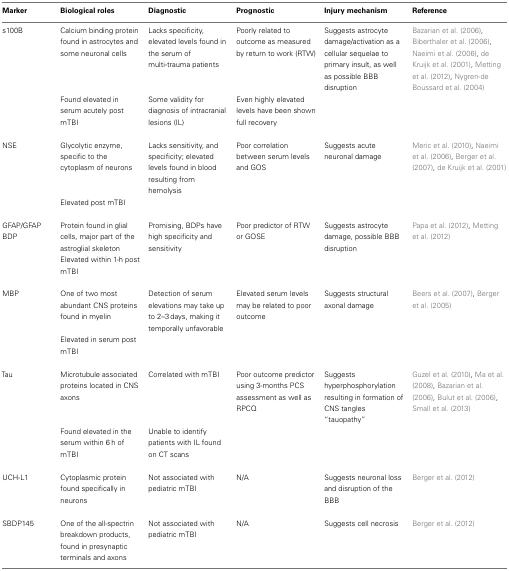
<table><thead><tr><td><b>Marker</b></td><td><b>Biological roles</b></td><td><b>Diagnostic</b></td><td><b>Prognostic</b></td><td><b>Injury mechanism</b></td><td><b>Reference</b></td></tr></thead><tbody><tr><td>s100B</td><td>Calcium binding protein found in astrocytes and some neuronal cells</td><td>Lacks specificity, elevated levels found in the serum of multi-trauma patients</td><td>Poorly related to outcome as measured by return to work (RTW)</td><td>Suggests astrocyte damage/activation as a cellular sequelae to primary insult, as well as possible BBB disruption</td><td>Bazarian et al. (2006), Biberthaler et al. (2006), Naeimi et al. (2006), de Kruijk et al. (2001), Metting et al. (2012), Nygren-de Boussard et al. (2004)</td></tr><tr><td></td><td>Found elevated in serum acutely post mTBI</td><td>Some validity for diagnosis of intracranial lesions (IL)</td><td>Even highly elevated levels have been shown full recovery</td><td></td></tr><tr><td>NSE</td><td>Glycolytic enzyme, specific to the cytoplasm of neurons</td><td>Lacks sensitivity, and specificity; elevated levels found in blood resulting from hemolysis</td><td>Poor correlation between serum levels and GOS</td><td>Suggests acute neuronal damage</td><td>Meric et al. (2010), Naeimi et al. (2006), Berger et al. (2007), de Kruijk et al. (2001)</td></tr><tr><td></td><td>Elevated post mTBI</td><td></td></tr><tr><td>GFAP/GFAP BDP</td><td>Protein found in glial cells, major part of the astroglial skeleton</td><td>Promising, BDPs have high specificity and sensitivity</td><td>Poor predictor of RTW or GOSE</td><td>Suggests astrocyte damage, possible BBB disruption</td><td>Papa et al. (2012), Metting et al. (2012)</td></tr><tr><td></td><td>Elevated within 1-h post mTBI</td><td></td></tr><tr><td>MBP</td><td>One of two most abundant CNS proteins found in myelin</td><td>Detection of serum elevations may take up to 2–3 days, making it temporally unfavorable</td><td>Elevated serum levels may be related to poor outcome</td><td>Suggests structural axonal damage</td><td>Beers et al. (2007), Berger et al. (2005)</td></tr><tr><td></td><td>Elevated in serum post mTBI</td><td></td></tr><tr><td>Tau</td><td>Microtubule associated proteins located in CNS axons</td><td>Correlated with mTBI</td><td>Poor outcome predictor using 3-months PCS assessment as well as RPCQ</td><td>Suggests hyperphosphorylation resulting in formation of CNS tangles “tauopathy”</td><td>Guzel et al. (2010), Ma et al. (2008), Bazarian et al. (2006), Bulut et al. (2006), Small et al. (2013)</td></tr><tr><td></td><td>Found elevated in the serum within 6 h of mTBI</td><td>Unable to identify patients with IL found on CT scans</td><td></td></tr><tr><td>UCH-L1</td><td>Cytoplasmic protein found specifically in neurons</td><td>Not associated with pediatric mTBI</td><td>N/A</td><td>Suggests neuronal loss and disruption of the BBB</td><td>Berger et al. (2012)</td></tr><tr><td>SBDP145</td><td>One of the all-spectrin breakdown products, found in presynaptic terminals and axons</td><td>Not associated with pediatric mTBI</td><td>N/A</td><td>Suggests cell necrosis</td><td>Berger et al. (2012)</td></tr></tbody></table>